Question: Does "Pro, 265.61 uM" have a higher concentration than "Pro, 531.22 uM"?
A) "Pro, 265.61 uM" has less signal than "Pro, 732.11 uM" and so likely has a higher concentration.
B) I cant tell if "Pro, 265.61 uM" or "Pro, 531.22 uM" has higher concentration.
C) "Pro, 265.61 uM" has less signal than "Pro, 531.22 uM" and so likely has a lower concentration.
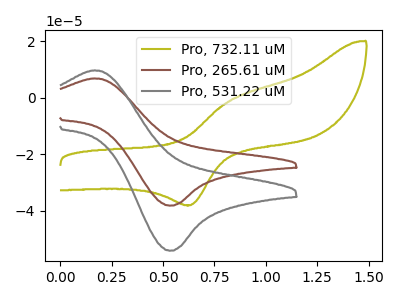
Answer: <think>The olive curve "Pro, 732.11 uM" has an anodic peak at (0.85V, -1.05uA) and a cathodic peak at (0.65V, -37.95uA). The brown curve "Pro, 265.61 uM" has an anodic peak at (0.15V, 6.80uA) and a cathodic peak at (0.55V, -38.10uA). The gray curve "Pro, 531.22 uM" has an anodic peak at (0.15V, 9.65uA) and a cathodic peak at (0.55V, -54.00uA).
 All the peaks in "Pro, 265.61 uM" have a peak in "Pro, 531.22 uM" at the same potential. Every peak in "Pro, 265.61 uM" is lower than every peak in "Pro, 531.22 uM".</think>
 <answer>C) "Pro, 265.61 uM" has less signal than "Pro, 531.22 uM" and so likely has a lower concentration.</answer>
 <eval>C</eval>